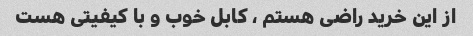
از این خرید راضی هستم ، کابل خوب و با کیفیتی هست